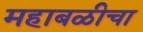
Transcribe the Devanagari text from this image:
महाबळीचा